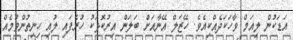
އަޑަކުން ލިއަމް ވާހަކަދެއްކިއެވެ. ހޭޒަލް އޭނާއަށް ބަލަން އިރުކޮޅަކު ހުރެފައި ލުއި ހިނިތުންވުމެއް